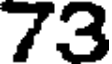
73